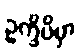
ဥက္ခိပိမှာ